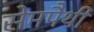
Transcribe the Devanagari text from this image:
सेमपैथी